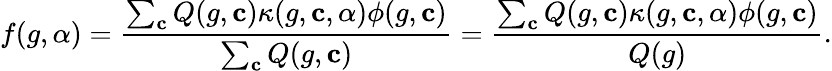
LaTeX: f(g,\alpha)=\frac{\sum_{\mathbf{c}}Q(g,\mathbf{c})\kappa(g,\mathbf{c},\alpha)\phi(g,\mathbf{c})}{\sum_{\mathbf{c}}Q(g,\mathbf{c})}=\frac{\sum_{\mathbf{c}}Q(g,\mathbf{c})\kappa(g,\mathbf{c},\alpha)\phi(g,\mathbf{c})}{Q(g)}.